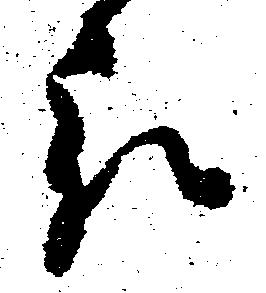
被